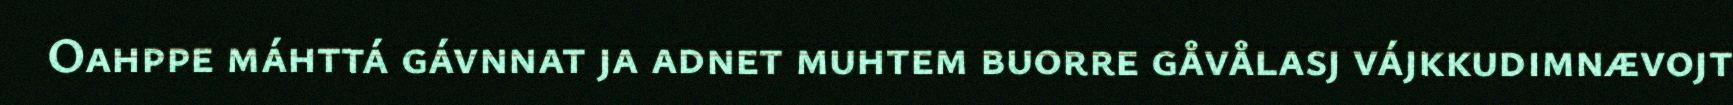
Oahppe máhttá gávnnat ja adnet muhtem buorre gåvålasj vájkkudimnævojt